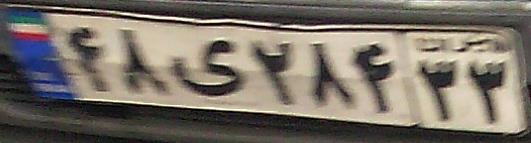
۴۸ی۲۸۴۳۳